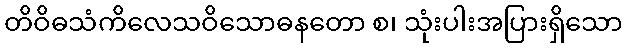
တိဝိဓသံကိလေသဝိသောဓနတော စ၊ သုံးပါးအပြားရှိသော